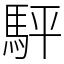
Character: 駍